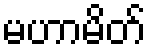
မဟာမိတ်